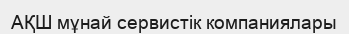
АҚШ мұнай сервистік компаниялары